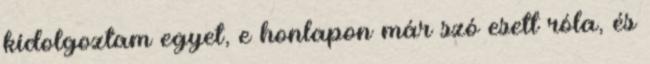
kidolgoztam egyet, e honlapon már szó esett róla, és